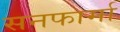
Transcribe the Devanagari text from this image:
सनफार्मा